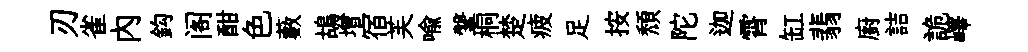
刃雀內鈎阁酣色藪鴣增宿芙喩鞶桐楚疲足按頹陀迦霄缸翡廚詰詭嶧